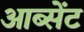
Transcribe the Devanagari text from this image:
आब्सेंट